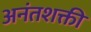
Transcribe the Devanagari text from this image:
अनंतशक्ती